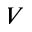
V